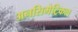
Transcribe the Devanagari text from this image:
अनसिमेट्रिकल